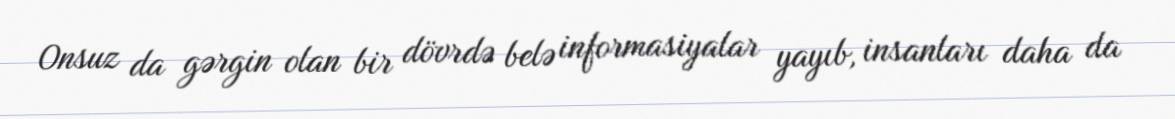
Onsuz da gərgin olan bir dövrdə belə informasiyalar yayıb, insanları daha da